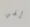
إلهي